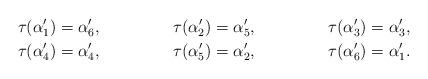
LaTeX: \begin{align*}\tau(\alpha'_1) &= \alpha'_6,&\tau(\alpha'_2) &= \alpha'_5,&\tau(\alpha'_3) &= \alpha'_3,\\\tau(\alpha'_4) &= \alpha'_4,&\tau(\alpha'_5) &= \alpha'_2,&\tau(\alpha'_6) &= \alpha'_1.\end{align*}